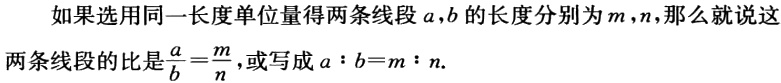
如果选用同一长度单位量得两条线段\(a,b\)的长度分别为\(m,n\)，那么就说这两条线段的比是\(\frac{a}{b}=\frac{m}{n}\)，或写成\(a:b = m:n\).